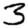
Digit: 3